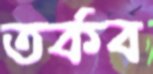
তর্কব